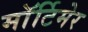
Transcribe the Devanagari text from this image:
माॅर्टिमेर